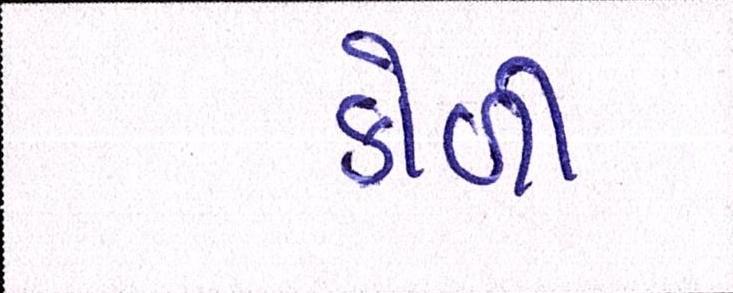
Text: કોળી